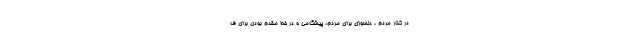
در کنار مردم ، دلسوزی برای مردم، پیشگامی و در خط مقدم بودن برای ف